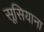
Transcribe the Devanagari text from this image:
सूसियाना